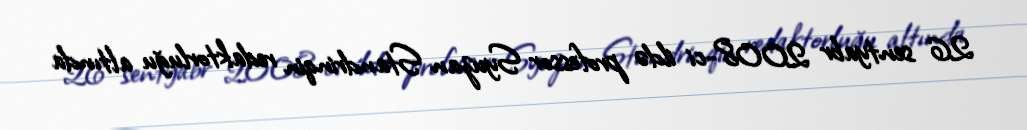
26 sentyabr 2008-ci ildə professor Syuzan Standrinqin redaktorluğu altında